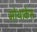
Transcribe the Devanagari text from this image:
मोथाकेस